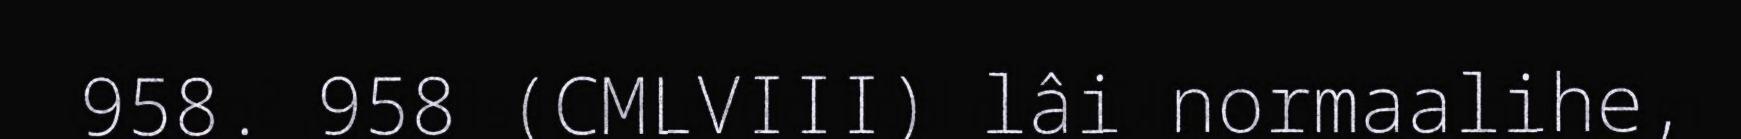
958. 958 (CMLVIII) lâi normaalihe,